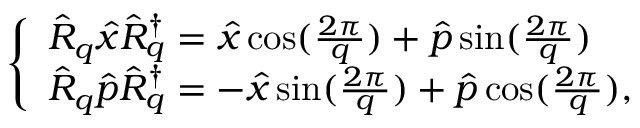
\begin{array} { r } { \left\{ \begin{array} { l l l } { \hat { R } _ { q } \hat { x } \hat { R } _ { q } ^ { \dagger } = \hat { x } \cos ( \frac { 2 \pi } { q } ) + \hat { p } \sin ( \frac { 2 \pi } { q } ) } \\ { \hat { R } _ { q } \hat { p } \hat { R } _ { q } ^ { \dagger } = - \hat { x } \sin ( \frac { 2 \pi } { q } ) + \hat { p } \cos ( \frac { 2 \pi } { q } ) , } \end{array} \right. } \end{array}